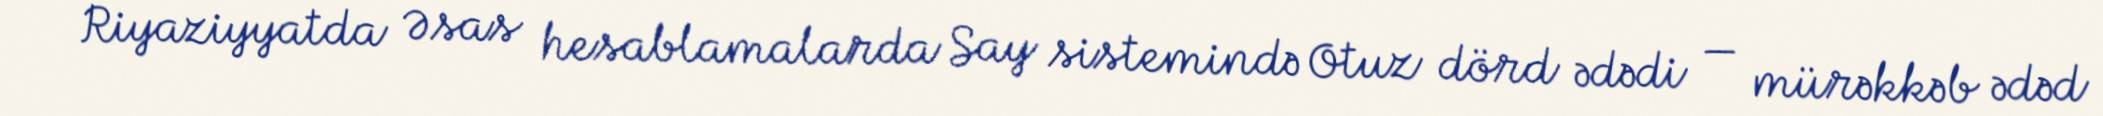
Riyaziyyatda Əsas hesablamalarda Say sistemində Otuz dörd ədədi — mürəkkəb ədəd